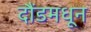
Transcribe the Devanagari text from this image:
दौंडमधून